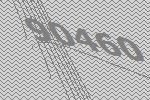
90460